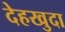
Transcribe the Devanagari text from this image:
देहखुदा